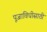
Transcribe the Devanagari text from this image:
पूजाविधीसाठी